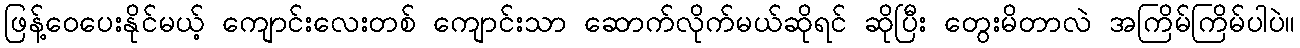
ဖြန့်ဝေပေးနိုင်မယ့် ကျောင်းလေးတစ် ကျောင်းသာ ဆောက်လိုက်မယ်ဆိုရင် ဆိုပြီး တွေးမိတာလဲ အကြိမ်ကြိမ်ပါပဲ။